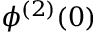
\phi ^ { ( 2 ) } ( 0 )